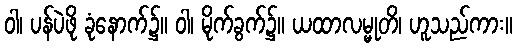
ဝါ၊ ပန်ပဲဖို ခုံနောက်၌။ ဝါ၊ မိုက်ခွက်၌။ ယထာလမ္မုတိ၊ ဟူသည်ကား။